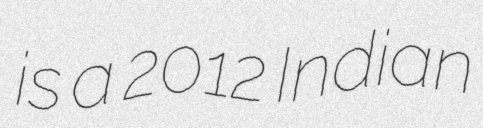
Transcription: is a 2012 Indian